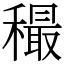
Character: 穝